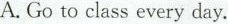
A. Go to class every day.